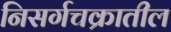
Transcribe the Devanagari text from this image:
निसर्गचक्रातील